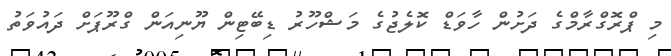
މި ޕްރޮގްރާމްގެ ދަށުން ހާވަޑް ކޮލެޖުގެ މަޝްހޫރު ޑިބޭޓިން ޔޫނިއަން ގްރޫޕަށް ދައުވަތު